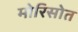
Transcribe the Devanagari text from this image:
मोरिसोत